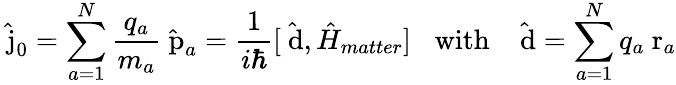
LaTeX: \hat{\mathrm{\mathbf~j}}_{0}=\sum_{a=1}^{N}\frac{q_{a}}{m_{a}}\hat{\mathrm{\mathbf~p}}_{a}=\frac{1}{i\hbar}[\hat{\mathrm{\mathbf~d}},\hat{H}_{matter}]\; \; \; \mathrm{with}\; \; \; \hat{\mathrm{\mathbf~d}}=\sum_{a=1}^{N}q_{a}\mathrm{\mathbf~r}_{a}